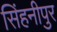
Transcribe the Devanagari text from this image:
सिंहनीपुर